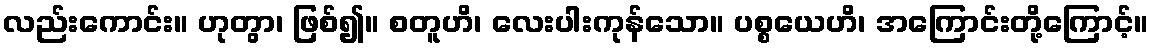
လည်းကောင်း။ ဟုတွာ၊ ဖြစ်၍။ စတူဟိ၊ လေးပါးကုန်သော။ ပစ္စယေဟိ၊ အကြောင်းတို့ကြောင့်။